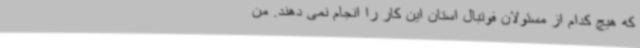
که هیچ کدام از مسئولان فوتبال استان این کار را انجام نمی دهند. من